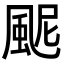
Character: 𩖹